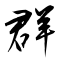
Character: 群